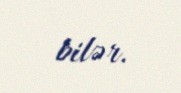
bilər.